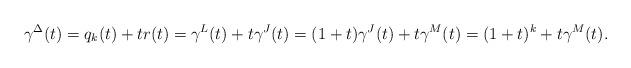
LaTeX: \begin{align*} \gamma^\Delta(t)=q_k(t)+tr(t) = \gamma^L(t)+t\gamma^J(t)=(1+t)\gamma^J(t)+t\gamma^M(t)=(1+t)^k+t\gamma^M(t).\end{align*}